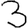
Digit: 3